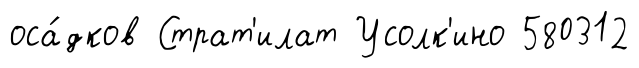
оса́дков Страт'илат Усолк'ино 580312